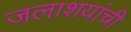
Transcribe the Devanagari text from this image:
जलाशयांची